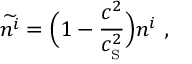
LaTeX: \widetilde { n ^ { i } } = \Big ( 1 - { \frac { c ^ { 2 } } { c _ { _ \mathrm { S } } ^ { 2 } } } \Big ) n ^ { i } \ ,